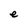
Character: e